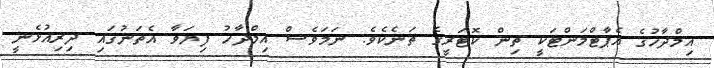
އިމްދާހުގެ އެޕާޓްމަންޓަކީ ތިން ކޮޓަރީގެ ތަނެކެވެ. ނަމަވެސް އިމްދާހު ފިޔަވާ އެތަނުގައި ދިރިއުޅެނީ